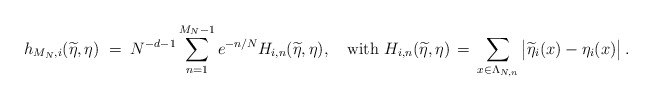
\begin{align*}h_{M_N,i}(\widetilde \eta,\eta)\; =\; N^{-d-1} \sum_{n=1}^{M_N-1} e^{-n/N}H_{i,n} (\widetilde \eta,\eta),\quad\mbox{with }H_{i,n} (\widetilde \eta,\eta) \, =\, \sum_{x\in \Lambda_{N,n}}\big|\widetilde\eta_i(x)-\eta_i(x)\big|\, .\end{align*}